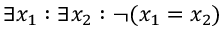
\exists x _ { 1 } : \exists x _ { 2 } : \lnot ( x _ { 1 } = x _ { 2 } )